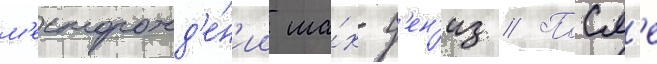
м'есторожд'е́н'ии ша́х-д'ен'из // Посл'е